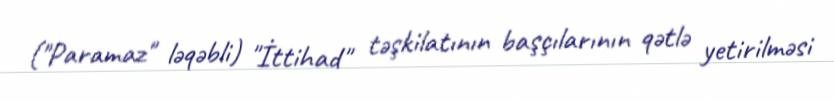
("Paramaz" ləqəbli) "İttihad" təşkilatının başçılarının qətlə yetirilməsi